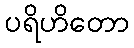
ပရိဟိတော